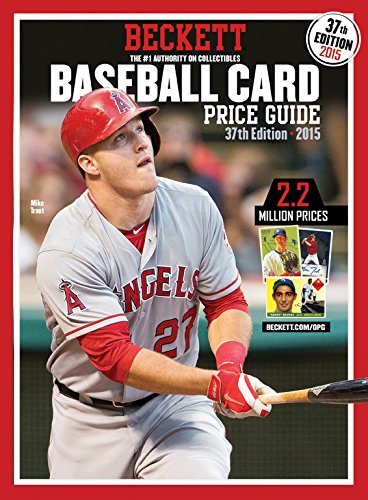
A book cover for Baseball Card Price Guide (Beckett Baseball Card Price Guide); Beckett Media; Crafts, Hobbies & Home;